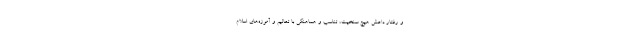
و رفتار داعش هیچ سنخیت، تناسب و هماهنگی با تعالیم و آموزه‌های اسلام